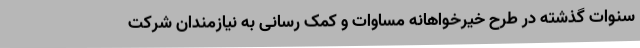
سنوات گذشته در طرح خیرخواهانه مساوات و کمک رسانی به نیازمندان شرکت